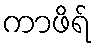
ကာဖိရ်